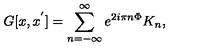
G [ x , x ^ { ' } ] = \sum _ { n = - \infty } ^ { \infty } e ^ { 2 i \pi n \Phi } K _ { n } ,